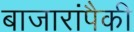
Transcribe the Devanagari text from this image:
बाजारांपैकी